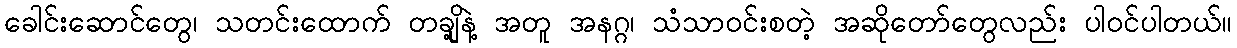
ခေါင်းဆောင်တွေ၊ သတင်းထောက် တချို့နဲ့ အတူ အနဂ္ဂ၊ သံသာဝင်းစတဲ့ အဆိုတော်တွေလည်း ပါဝင်ပါတယ်။